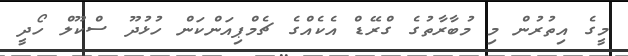
މީގެ އިތުރުން މި މުބާރާތުގެ ގްރޭޑް އެކެއްގެ ޗެމްޕިއަންކަން ހުޅުދޫ ސްކޫލް ހޯދީ